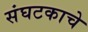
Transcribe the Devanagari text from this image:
संघटकाचे